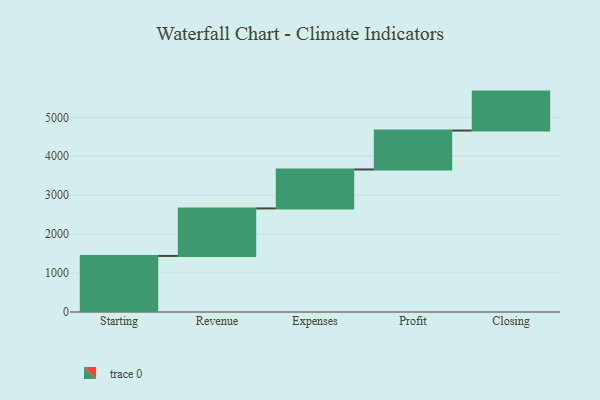
{"axis": {"x": "Step", "y": "Value"}, "legend": [""], "data": [{"x": "Starting", "y": 1440.0, "type": ""}, {"x": "Revenue", "y": 1220.0, "type": ""}, {"x": "Expenses", "y": 1000, "type": ""}, {"x": "Profit", "y": 1000, "type": ""}, {"x": "Closing", "y": 1000, "type": ""}]}